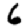
Digit: 6